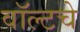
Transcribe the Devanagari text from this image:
वॉल्टचे